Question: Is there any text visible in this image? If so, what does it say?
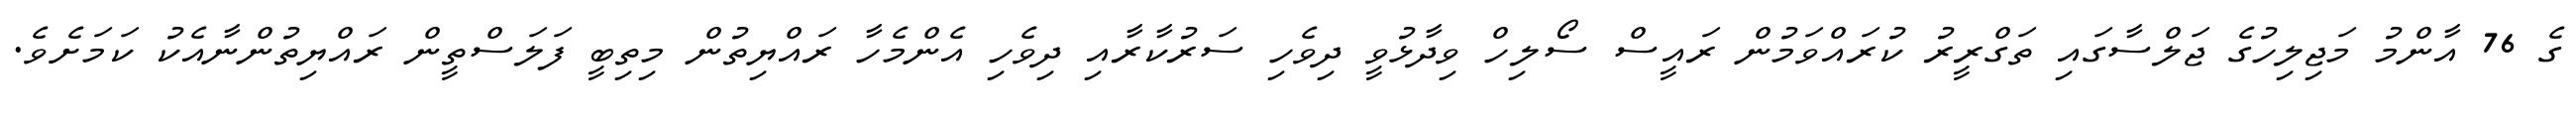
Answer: ގެ 76 އާންމު މަޖިލިހުގެ ޖަލްސާގައި ތަގްރީރު ކުރައްވަމުން ރައީސް ސޯލިހް ވިދާޅުވީ ދިވެހި ސަރުކާރާއި ދިވެހި އެންމެހާ ރައްޔިތުން މިތިބީ ފަލަސްތީން ރައްޔިތުންނާއެކު ކަމަށެވެ.